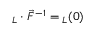
\boldsymbol { \mathbf { \ell } } _ { L } \cdot \vec { F } ^ { - 1 } = \boldsymbol { \mathbf { \ell } } _ { L } ( 0 )